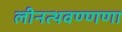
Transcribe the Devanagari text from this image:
लीनत्थवण्णणा